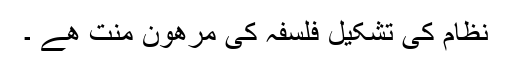
نظام کی تشکیل فلسفہ کی مرھون منت ھے ۔